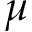
\mu